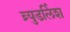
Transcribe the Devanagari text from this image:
ब्र्युडर्लिश